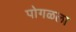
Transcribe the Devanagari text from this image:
पोगळला